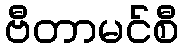
ဗီတာမင်စီ